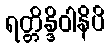
ရတ္တိန္ဒိဝါနိပိ